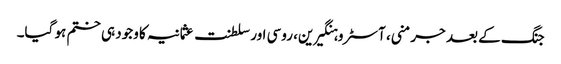
جنگ کے بعد جرمنی، آسٹرو ہنگیرین، روسی اور سلطنت عثمانیہ کا وجود ہی ختم ہو گیا۔